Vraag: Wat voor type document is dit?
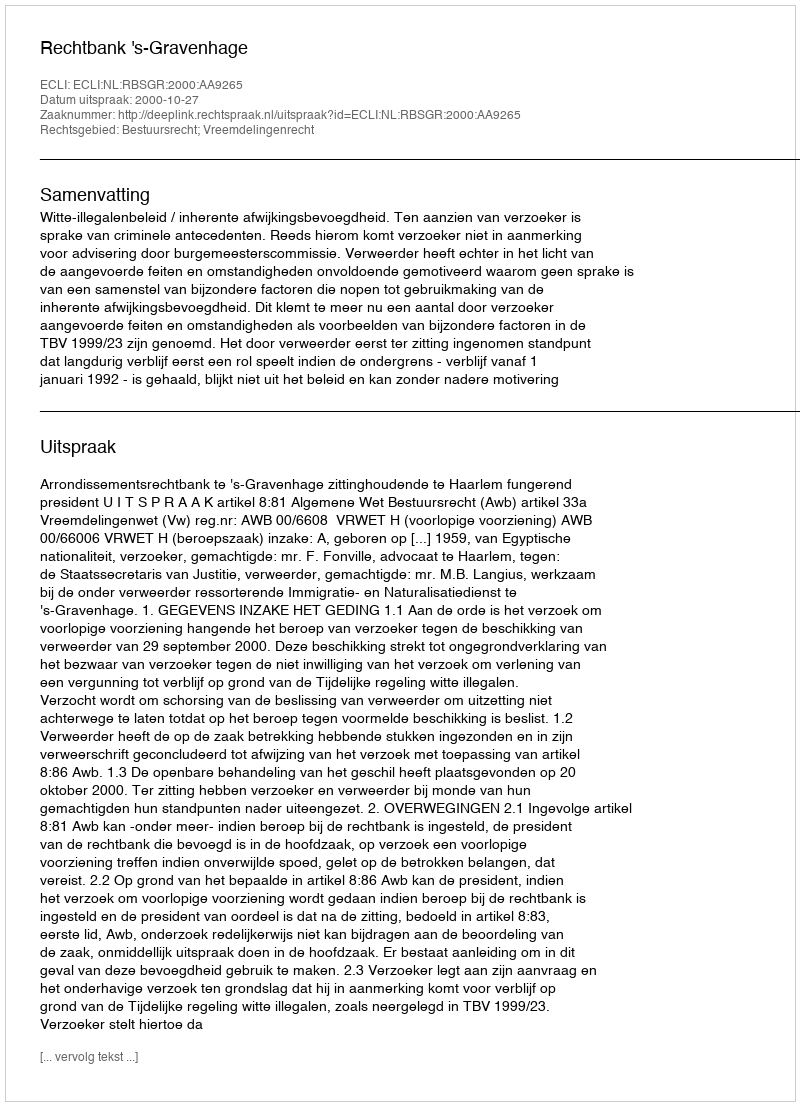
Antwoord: Uitspraak